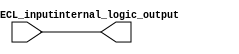
module ECL_IO_Block (
    input ECL_input,
    output internal_logic_output
);

    assign internal_logic_output = ECL_input;
    
endmodule